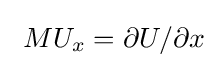
\ MU_{x}=\partial U/\partial x